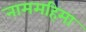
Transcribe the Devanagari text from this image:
नाममहिमा